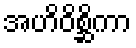
အဟိဝိစ္ဆိကာ